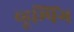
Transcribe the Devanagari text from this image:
व्हूम्पिंग